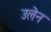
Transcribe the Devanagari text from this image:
उलेन